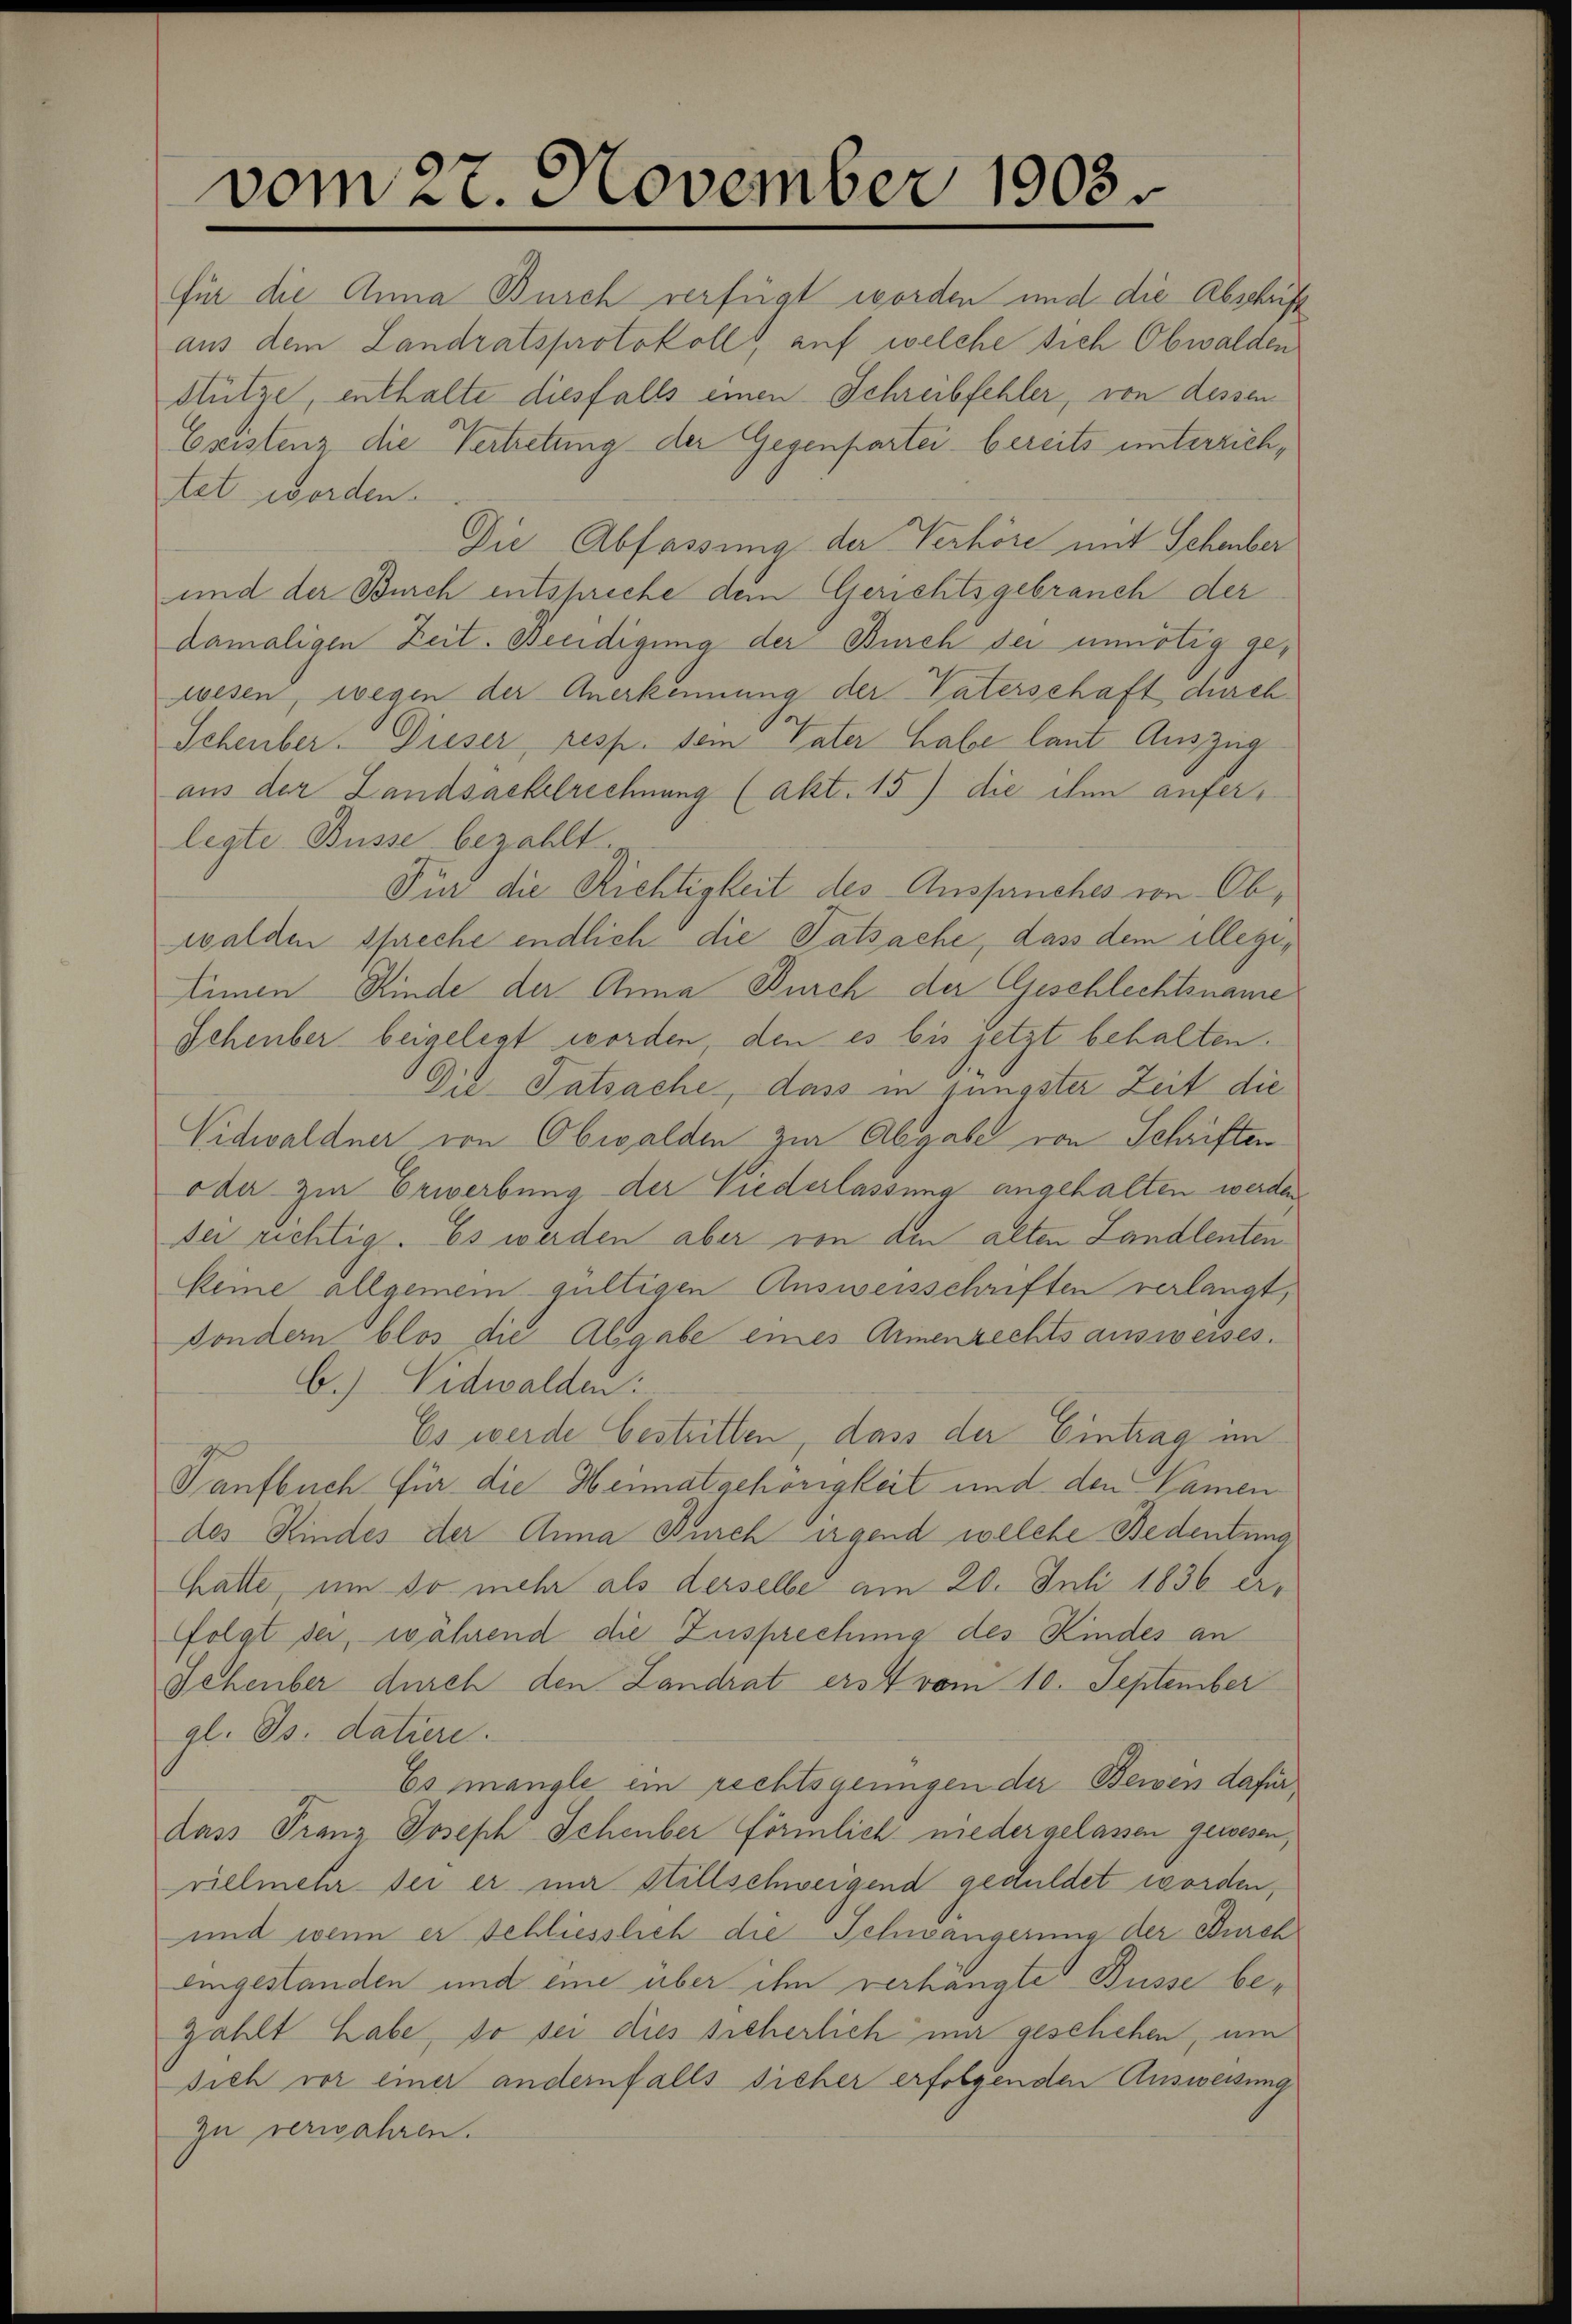
vom 27. November 1903.

aus der Landsackelrechnung (akt. 15) die ihm auferlegte Büsse bezahlt.
Für die Richtigkeit des Anspruches von Obwalden spreche endlich die Tatsache, dass dem illegi¬
Einen Kinde der Anna Durch der Geschlechtsname
Sehenber beigelegt worden, den es bis jetzt behalten.
Die Tatsache, dass in jüngster Zeit die
Vidwaldner von Obwalden zur Abgabe von Schriften
ode zur Erwerbung der Niederlassung angehalten werden,
Dei richtig. Es werden aber von den alten Landlenten
keine allgemein gültigen Ausweisschriften verlangt,
sondern blos die Abgabe eines Armenrechts ausweises.
b.) Nidwalden:
Es werde bestritten, dass der Eintrag im
Tanfbuch für die Heimat gehörigkeit und den Namen
des Kindes der Anna Burch irgend welche Bedeutung
hatte, um so mehr als derselbe am 20. Juli 1836 erfolgt sei, während die Zusprechung des Kindes an
Schenber durch den Landrat erst vom 10. September
gl. Js. datiere.
Es mangle ein rechtsgenügen der Beweis dafür
dass Franz Joseph Schenber förmlich nieder gelassen gewesen,
vielmehr sei er in Stillschweigend geduldet worden,
und wenn er schliesslich die Schwängerung der Durch
dingestanden und eine über ihn verhängte Büsse bezahlt habe, so sei dies sicherlich mir geschehen, um
sich vor einer andernfalls sicher erfolgenden Ausweisung
zu verwahren.

für die Anna Burch verfügt worden und die Abschäft
aus dem Landratsprotokoll, auf welche sich Obwalden
Hütze, enthalte diesfalls einen Schreibfehler, von dessen
Cristenz die Vertretung der Gegenpartei bereits unterzichtet worden.
Die Abfassung der Verhöre mit Schenber
und der Burch entspreche dem Gerichtsgebrauch der
damaligen Zeit. Beeidigung der Burch der unnötig gewesen, wegen der Anerkennung der Vaterschaft durch¬
Scheuber. Dieser, resp. dem Vater habe laut Auszug